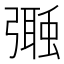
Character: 𢐩